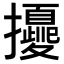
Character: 𢹎